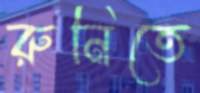
রুনিতে